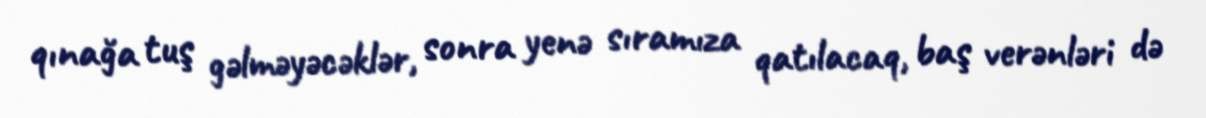
qınağa tuş gəlməyəcəklər, sonra yenə sıramıza qatılacaq, baş verənləri də